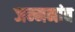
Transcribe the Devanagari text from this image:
जन्मनांव